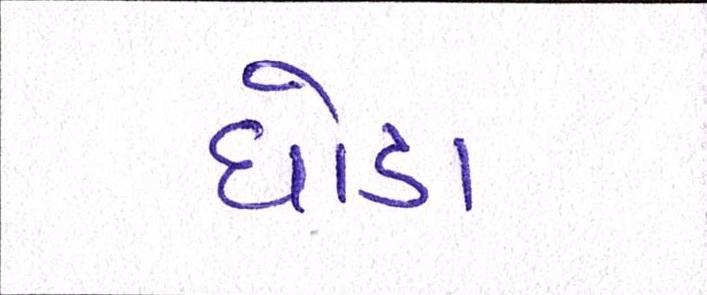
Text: ઘોડા